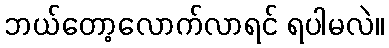
ဘယ်တော့လောက်လာရင် ရပါမလဲ။